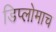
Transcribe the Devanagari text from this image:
डिप्लोमाच